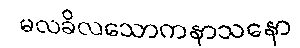
မလခိလသောကနာသနော